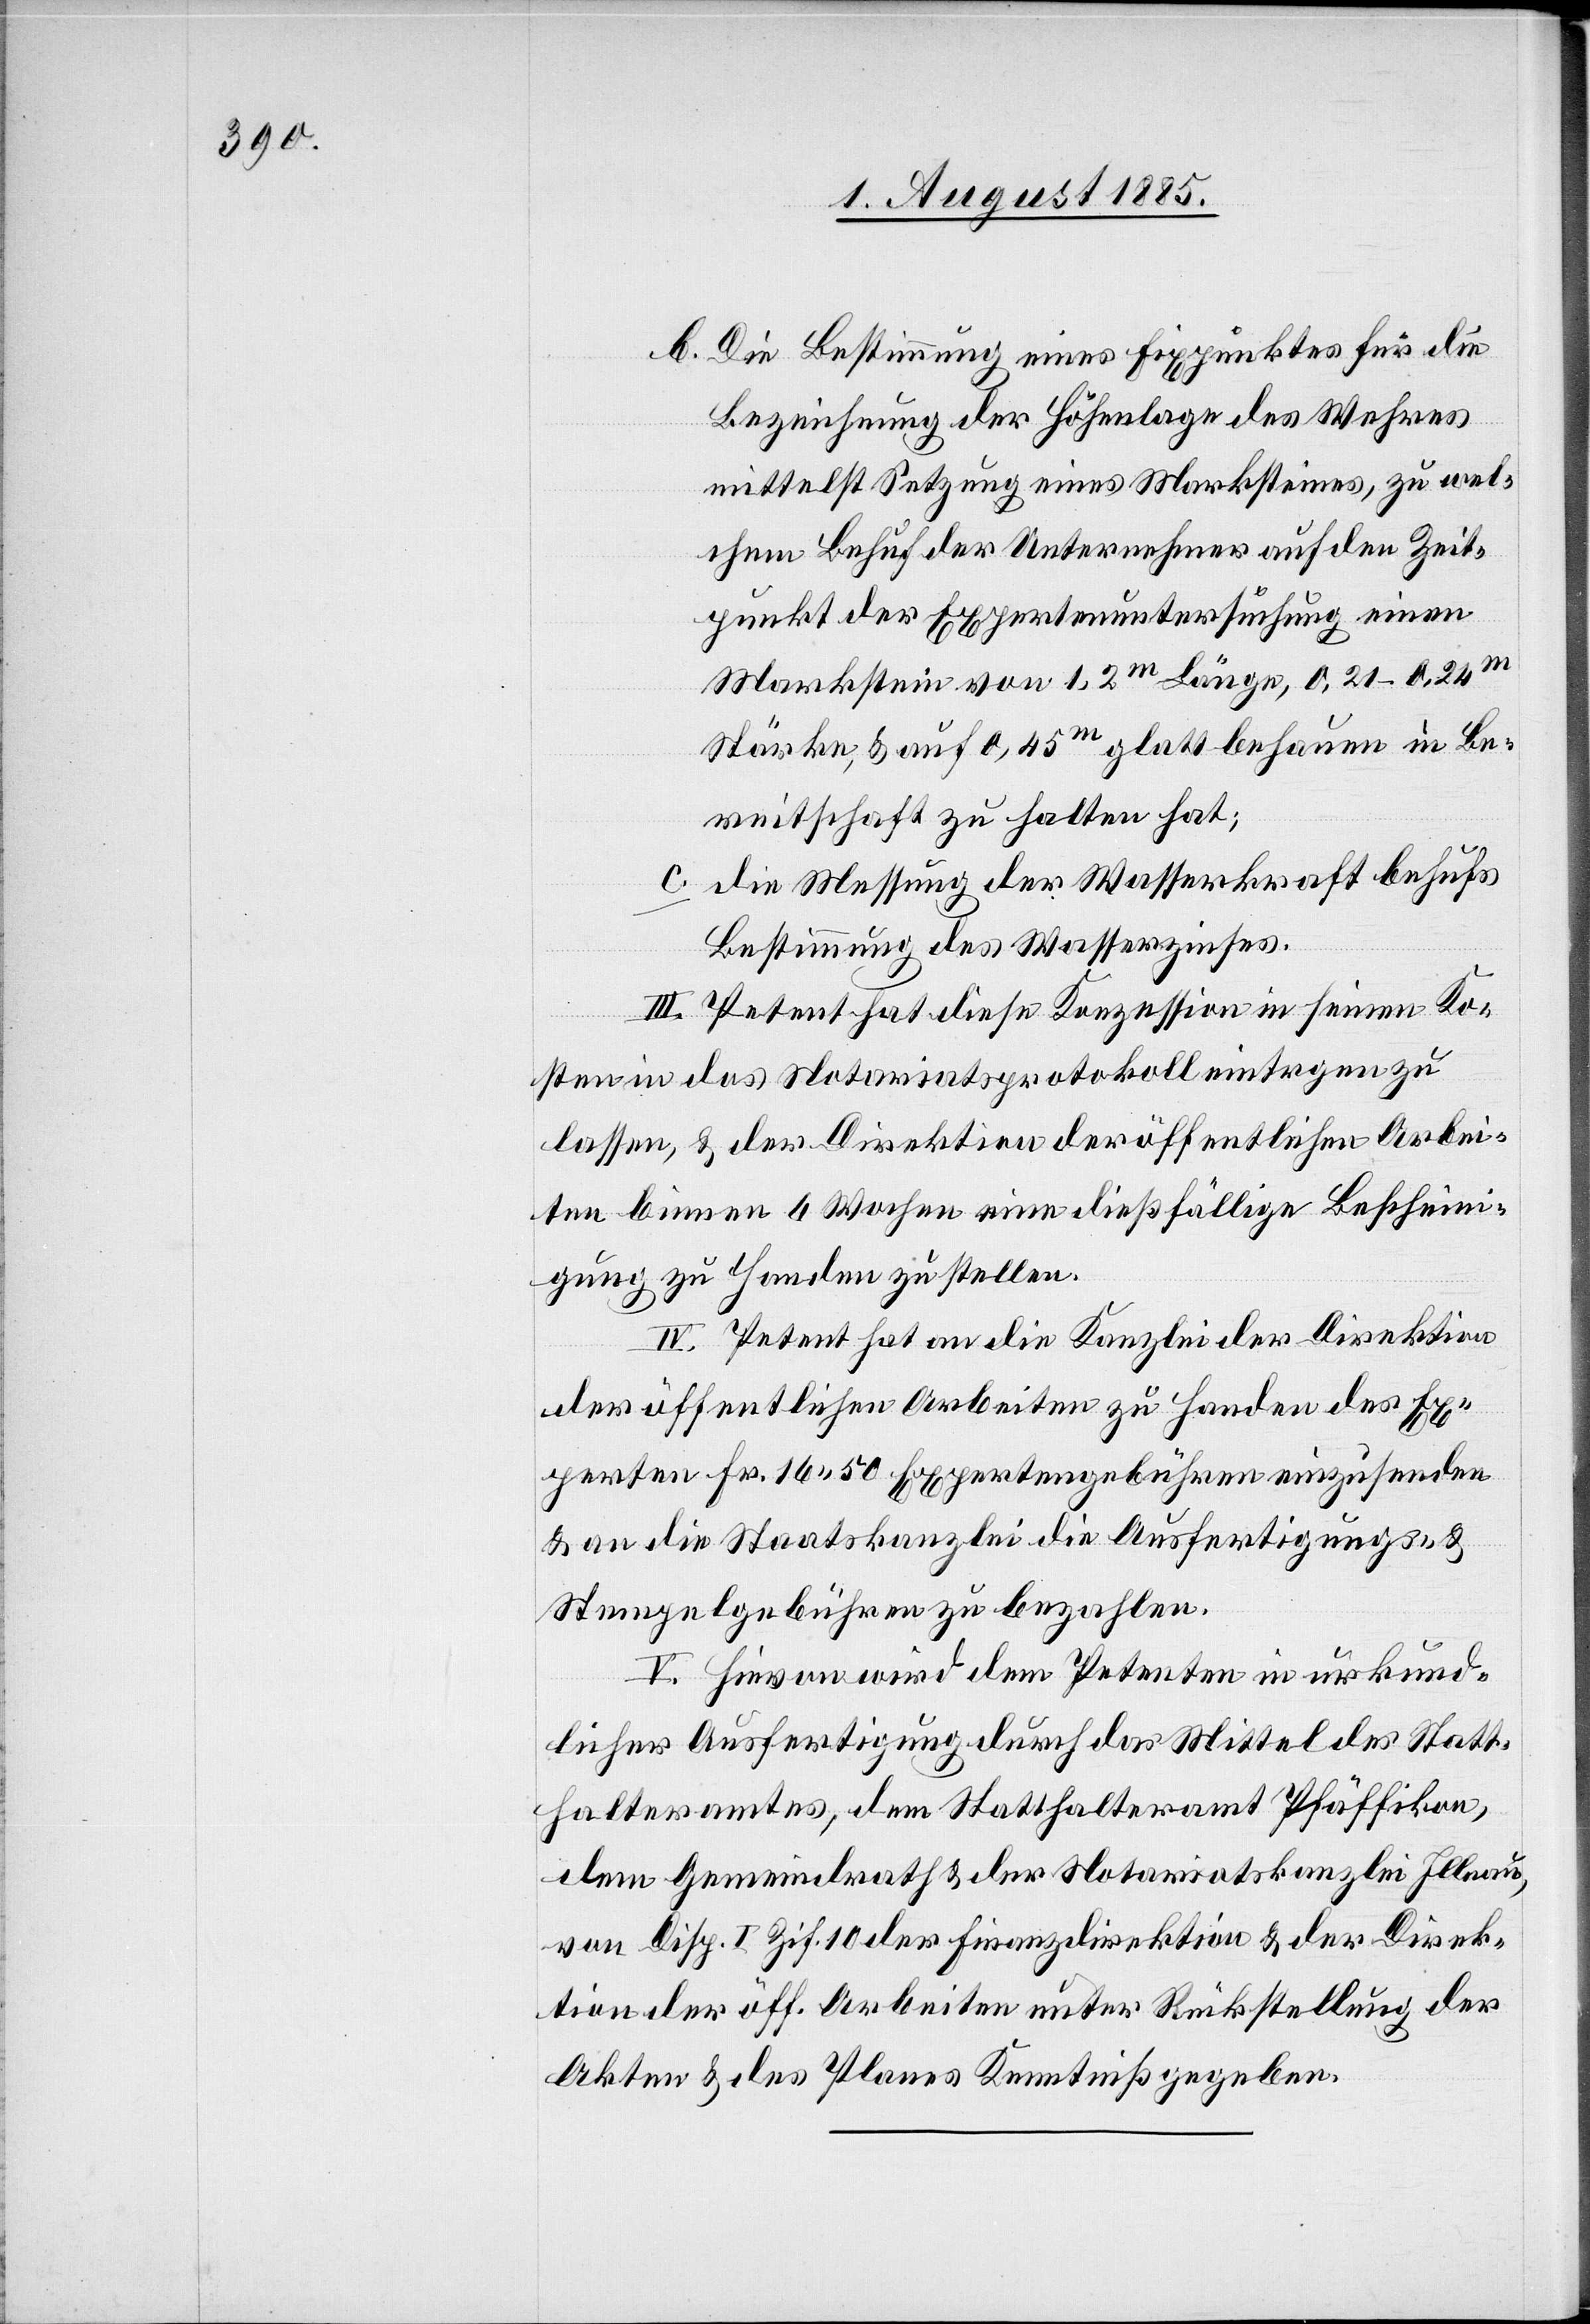
b. die Bestimmung eines Fixpunktes für die
Bezeichnung der Höhenlage des Wehres
mittelst Setzung eins Marksteines, zu wel¬
chem Behuf der Unternehmer auf den Zeit¬
punkt der Expertenuntersuchung einen
Markstein von 1,2m Länge, 0,21–0,24m
Stärke & auf 0,45m glatt behauen in Be¬
reitschaft zu halten hat;
c.
die Messung der Wasserkraft behufs
Bestimmung des Wasserzinses.
III. Petent hat diese Konzession in seinen Ko¬
sten in das Notariatsprotokoll eintragen zu
lassen, & der Direktion der öffentlichen Arbei¬
ten binnen 6 Wochen eine dießfällige Beschein¬
igung zu Handen zu stellen.
IV. Petent hat an die Kanzlei der Direktion
der öffentlichen Arbeiten zu Handen des Ex¬
perten Fr. 16 50 Expertengebühren einzusenden
& an die Staatskanzlei die Ausfertigungs- &
Stempelgebühren zu bezahlen.
V. Hievon wird dem Petenten in urkund¬
licher Ausfertigung durch das Mittel des Statt¬
halteramtes, dem Statthalteramt Pfäffikon,
dem Gemeindrath & der Notariatskanzlei Illnau,
von Disp. I. Zif. 10 der Finanzdirektion & der Direk¬
tion der öff. Arbeiten unter Rückstellung der
Akten & des Planes Kenntniß gegeben.